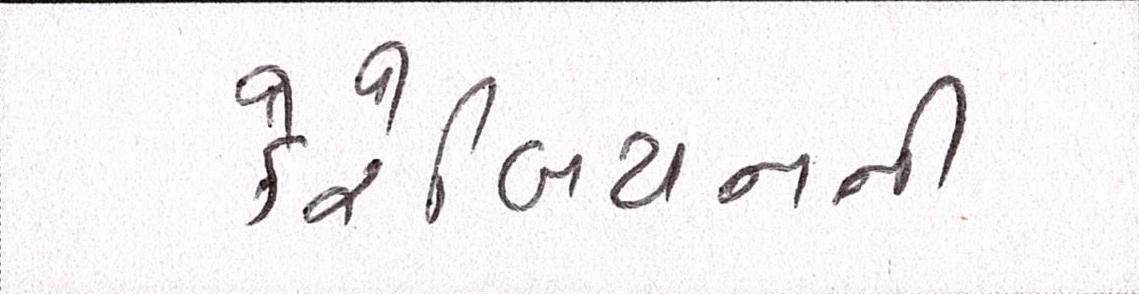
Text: કેરેબિયનની